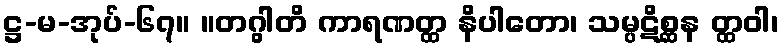
ဋ္ဌ-မ-အုပ်-၆၇။ ။တဂွါတိ ကာရဏတ္ထ နိပါတော၊ သမ္ပဋိစ္ဆန တ္ထဝါ၊